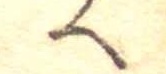
へ